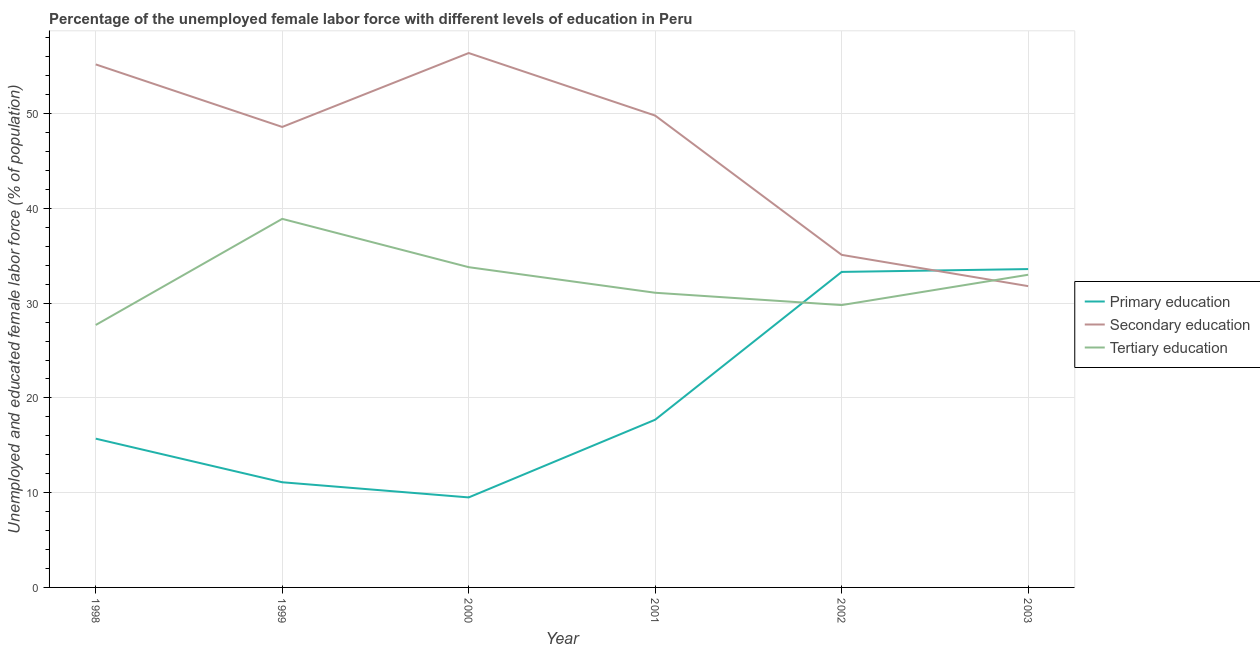
| Year | Primary education | Secondary education | Tertiary education |
 | --- | --- | --- | --- |
 | 1998 | 15.7 | 55.2 | 27.7 |
 | 1999 | 11.1 | 48.6 | 38.9 |
 | 2000 | 9.5 | 56.4 | 33.8 |
 | 2001 | 17.7 | 49.8 | 31.1 |
 | 2002 | 33.3 | 35.1 | 29.8 |
 | 2003 | 33.6 | 31.8 | 33 |